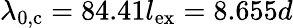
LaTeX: \lambda_{0,\mathrm{c}}=84.41l_{\mathrm{ex}}=8.655d